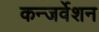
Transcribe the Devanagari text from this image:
कन्जर्वेशन